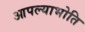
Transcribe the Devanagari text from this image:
आपल्याभोति